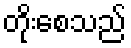
တိုးစေသည်